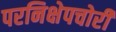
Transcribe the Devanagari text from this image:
परनिक्षेपचोरी